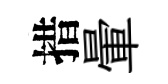
措暈